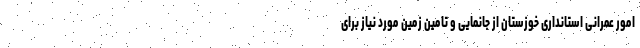
امور عمرانی استانداری خوزستان از جانمایی و تامین زمین مورد نیاز برای